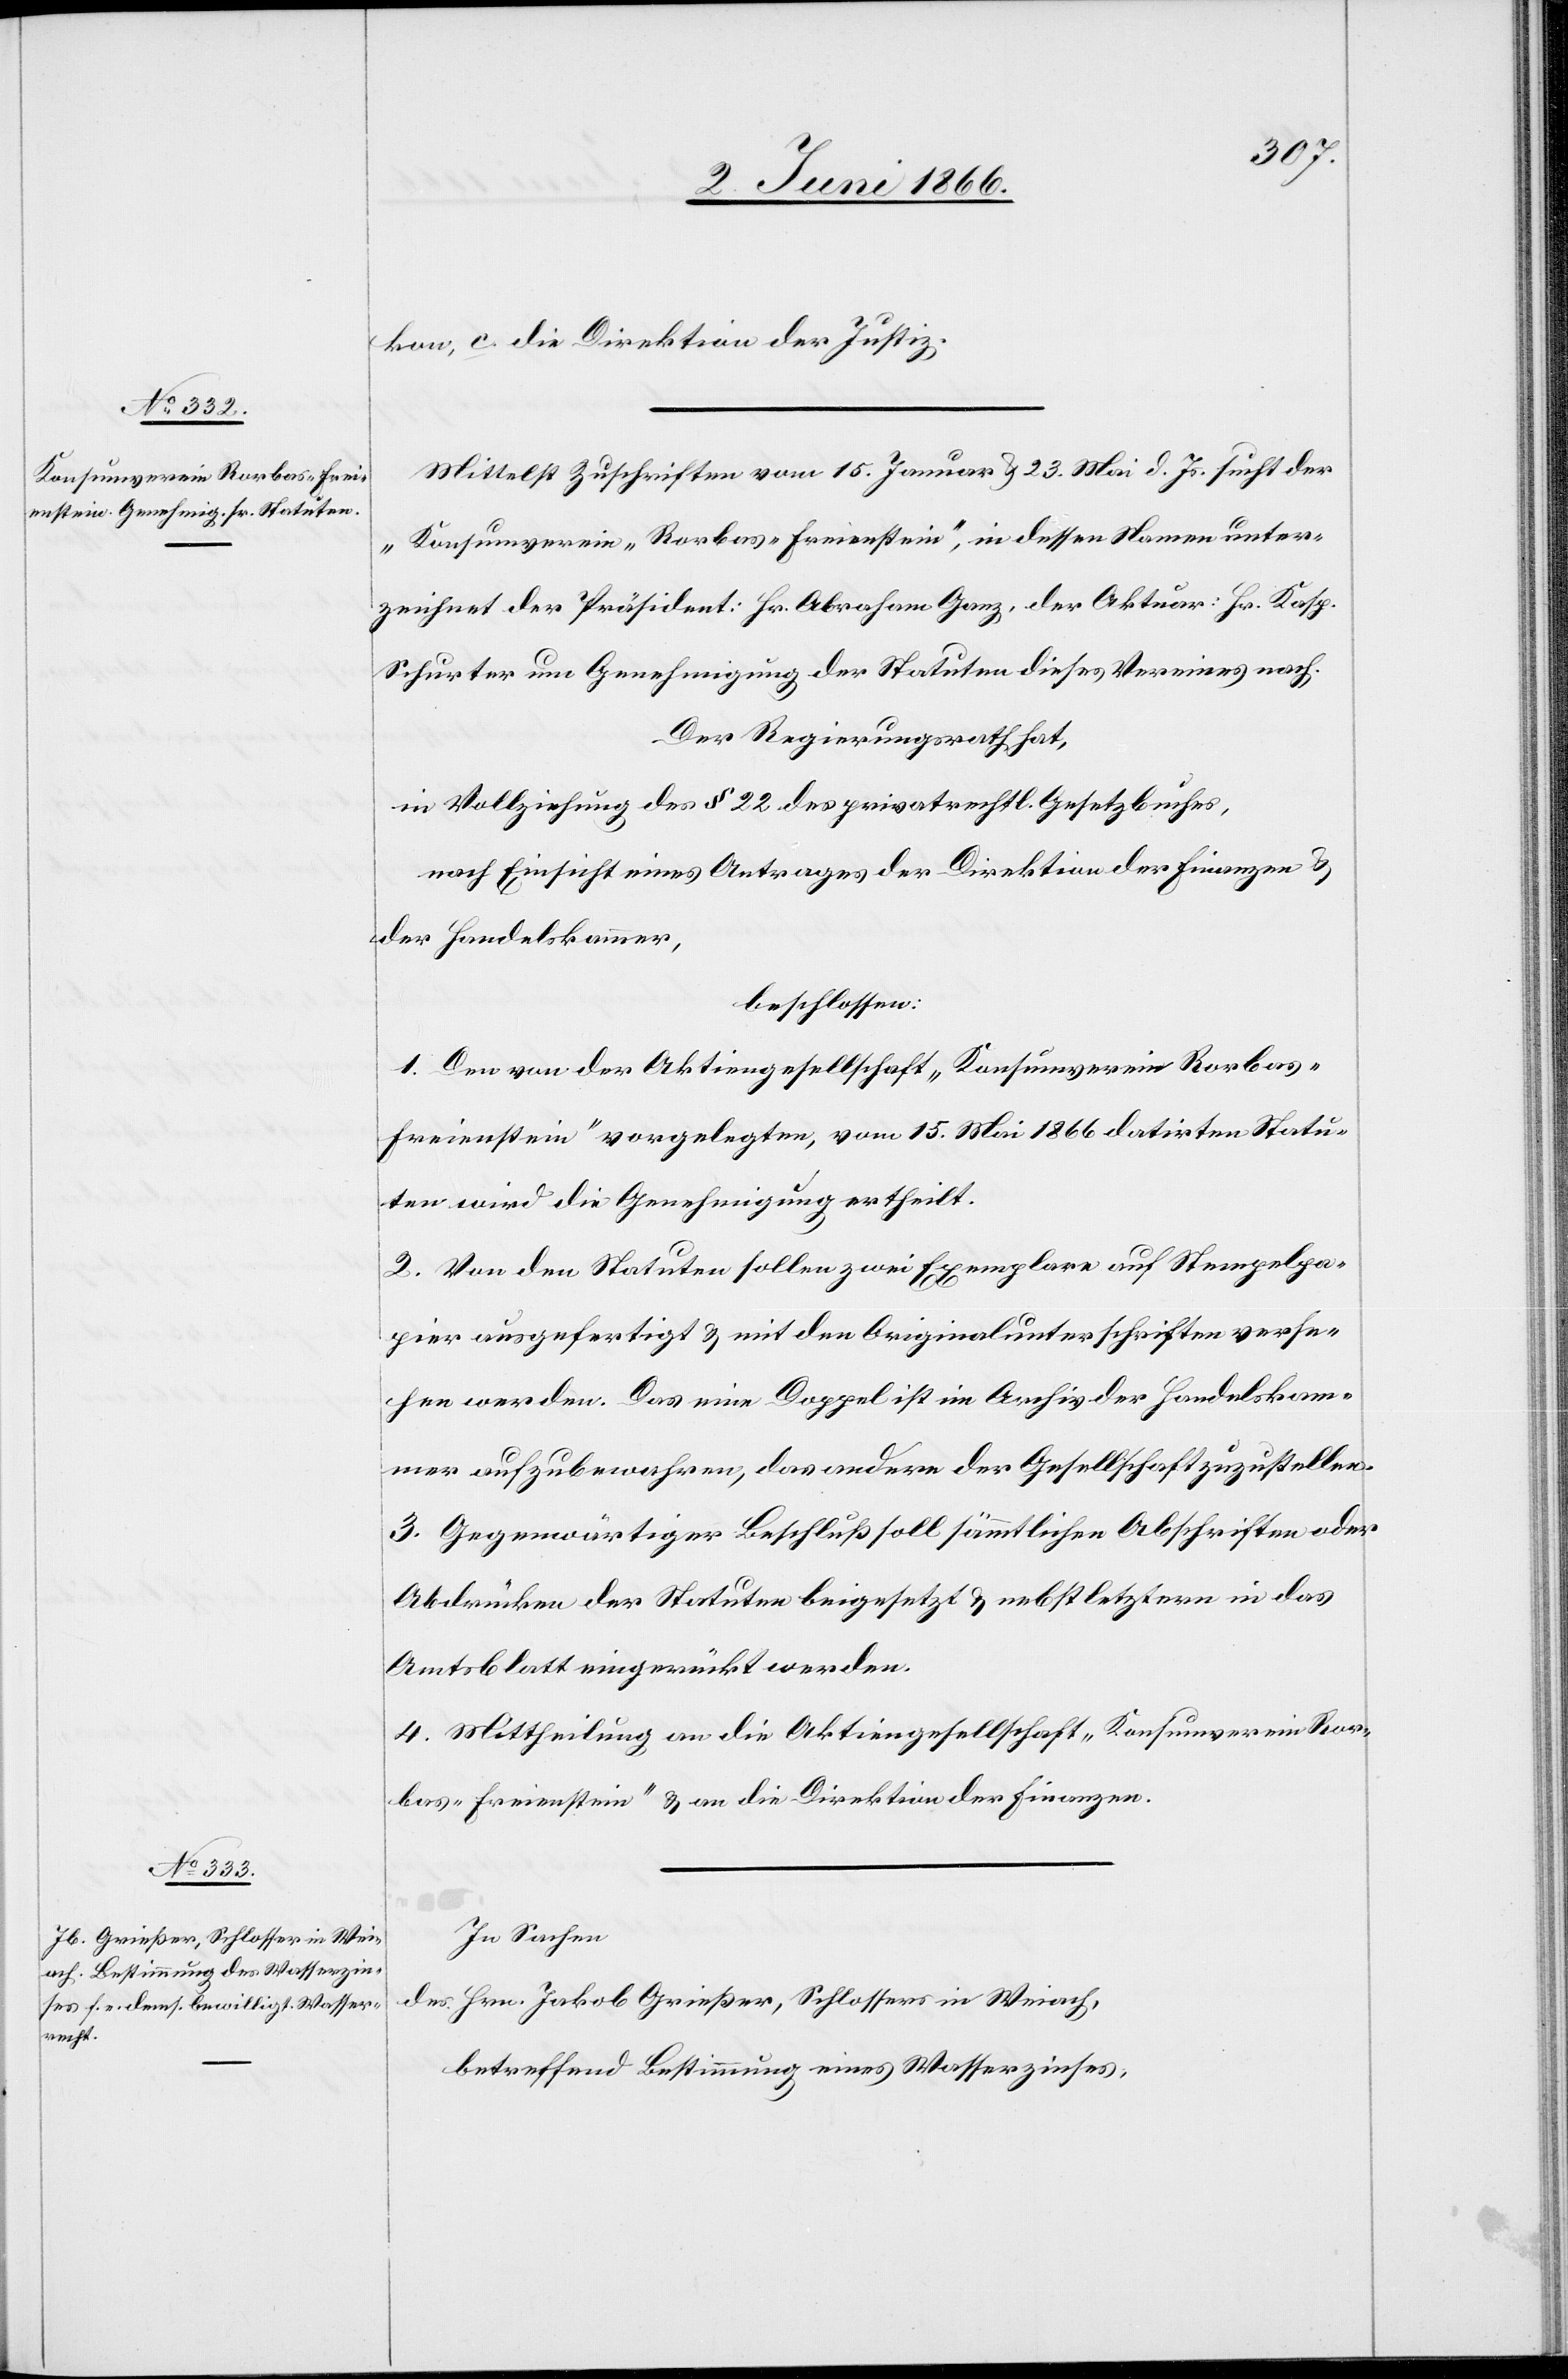
kon, c. die Direktion der Justiz.
Mittelst Zuschriften vom 15. Januar u. 23. Mai d. Js. sucht der
„Konsumverein Rorbas-Freienstein“, in dessen Namen unter¬
zeichnet der Präsident: Hr. Abraham Ganz, der Aktuar: Hr. Kasp.
Schurter um Genehmigung der Statuten dieses Vereines nach.
Der Regierungsrath hat,
in Vollziehung des § 22 des privatrechtl. Gesetzbuches,
nach Einsicht eines Antrages der Direktion der Finanzen u.
der Handelskammer,
beschlossen:
1. Den von der Aktiengesellschaft „Konsumverein Rorbas-F¬
reienstein“ vorgelegten, vom 15. Mai 1866 datirten Statu¬
ten wird die Genehmigung ertheilt.
2. Von den Stauten sollen zwei Exemplare auf Stempelpa¬
pier ausgefertigt u. mit den Originalunterschriften verse¬
hen werden. Das eine Doppel ist im Archiv der Handelskam¬
mer aufzubewahren, das andere der Gesellschaft zuzustellen.
3. Gegenwärtiger Beschluß soll sämmtlichen Abschriften oder
Abdrücken der Statuten beigesetzt u. nebst letztern in das
Amtsblatt eingerückt werden.
4. Mittheilung an die Aktiengesellschaft „Konsumverein Ror¬
bas-Freienstein“ u. an die Direktion der Finanzen.
In Sachen
des Hrn. Jakob Grießer, Schlosser in Weiach,
betreffend Bestimmung eines Wasserzinses,